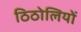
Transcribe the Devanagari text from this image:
ठिठोलियों